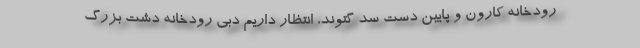
رودخانه کارون و پایین دست سد گتوند، انتظار داریم دبی رودخانه دشت بزرگ